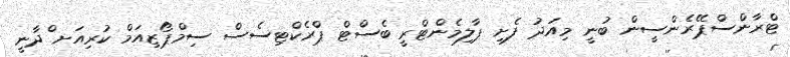
ޓްރާންސްޕޭރެންސީން ބުނީ މިއަދު ފެށި ޕާލިމެންޓްރީ ބެސްޓް ޕްރެކްޓިސެސް ސިމްޕޯޒިއަމް ކުރިއަށ ްދާނީ